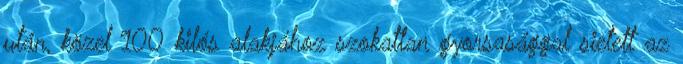
után, közel 100 kilós alakjához szokatlan gyorsasággal sietett az